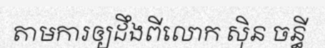
តាមការឲ្យដឹងពីលោក ស៊ិន ចន្ធី